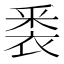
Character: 𮖈